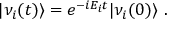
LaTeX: | \nu _ { i } ( t ) \rangle = e ^ { - i E _ { i } t } | \nu _ { i } ( 0 ) \rangle ~ .